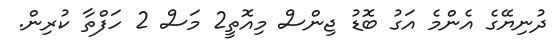
ދުނިޔޭގެ އެންމެ އަގު ބޮޑު ޖިންސް މިއޮތީ2 މަސް 2 ހަފްތާ ކުރިން.